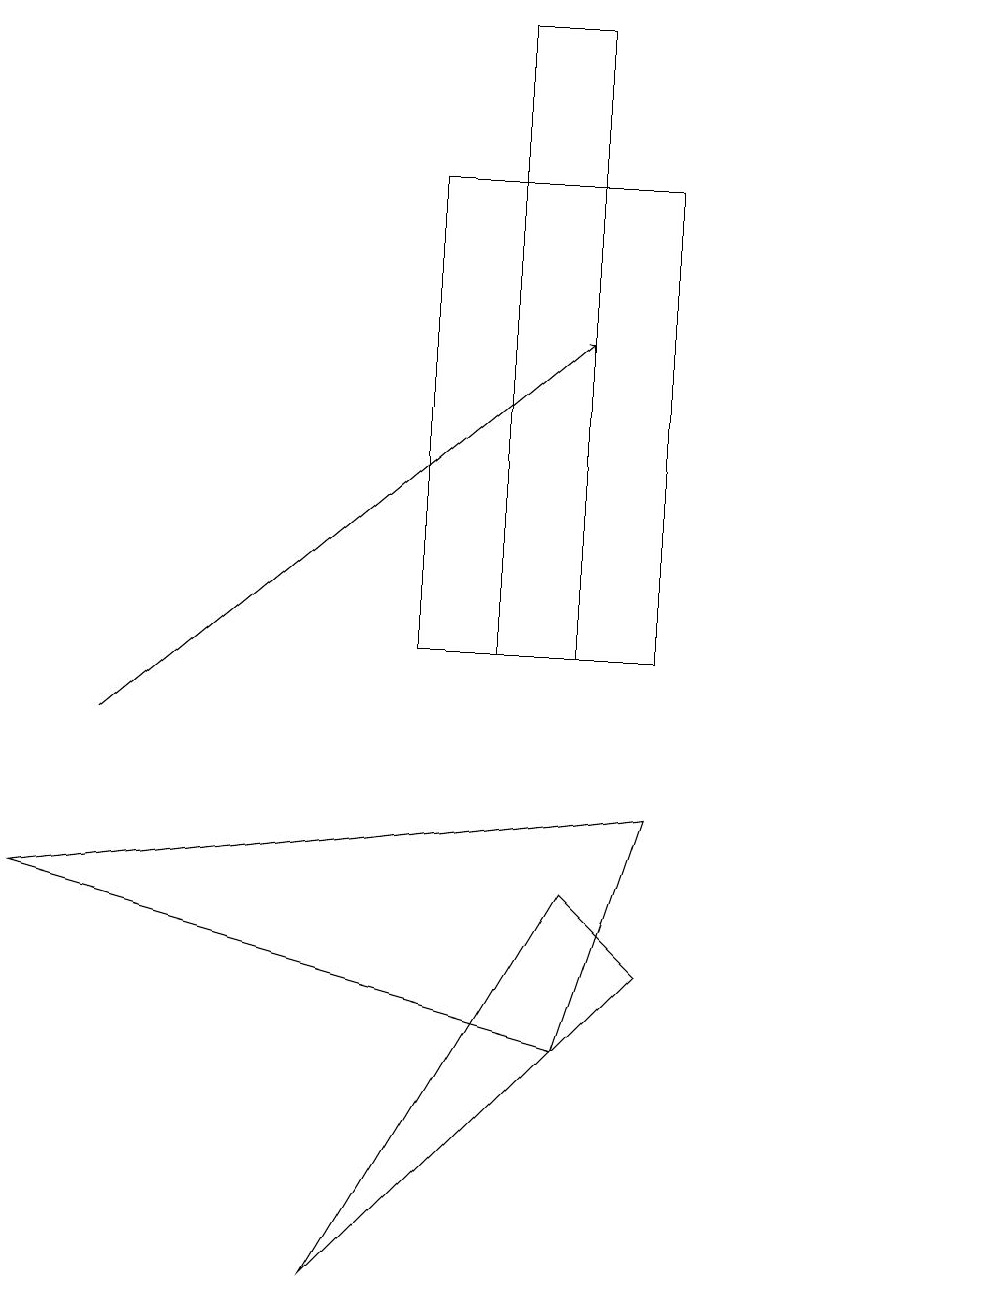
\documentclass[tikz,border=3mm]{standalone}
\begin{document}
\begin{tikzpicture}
\draw (7,6) -- (0,8) -- (8,9) -- cycle;
\draw (4,3) -- (8,7) -- (7,8) -- cycle;
\draw (7,11) rectangle (6,19);
\draw (5,17) rectangle (8,11);
\draw (12,10) circle (0);
\draw[->] (1,10) -- (7,15);
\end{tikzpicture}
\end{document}